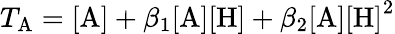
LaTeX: T_{\mathrm{A}}=\mathrm{[A]}+\beta_{1}\mathrm{[A][H]}+\beta_{2}\mathrm{[A][H]}^{2}